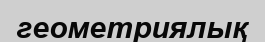
геометриялық